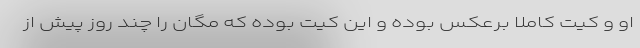
او و کیت کاملا برعکس بوده و این کیت بوده که مگان را چند روز پیش از